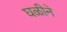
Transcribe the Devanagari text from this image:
घळीने